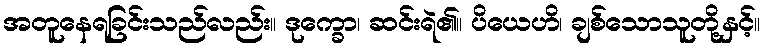
အတူနေရခြင်းသည်လည်း။ ဒုက္ခော၊ ဆင်းရဲ၏။ ပိယေဟိ၊ ချစ်သောသူတို့နှင့်။